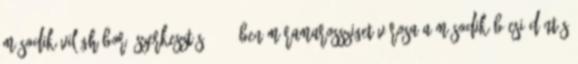
Második világháború szerkesztés 1940-ben Máramarossziget városa a második bécsi döntés